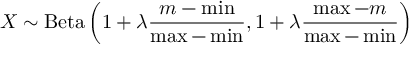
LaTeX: X \sim \operatorname { B e t a } \left( 1 + \lambda { \frac { m - \operatorname* { m i n } } { \operatorname* { m a x } - \operatorname* { m i n } } } , 1 + \lambda { \frac { \operatorname* { m a x } - m } { \operatorname* { m a x } - \operatorname* { m i n } } } \right)